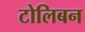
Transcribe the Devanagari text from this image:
टोलिबन